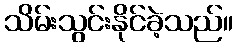
သိမ်းသွင်းနိုင်ခဲ့သည်။